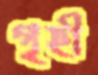
গৃহী